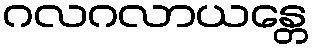
ဂလဂလာယန္တေ